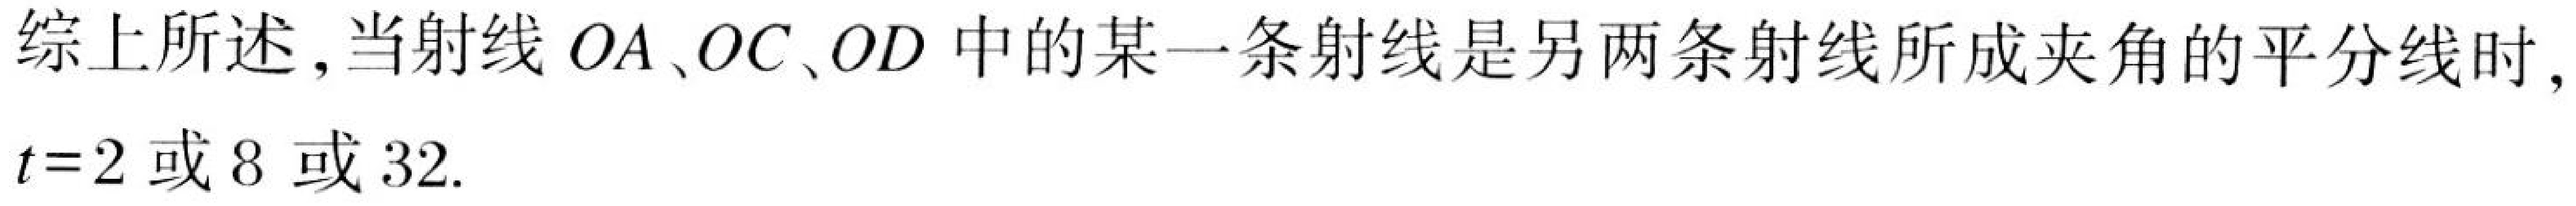
综上所述，当射线 \(OA\)、\(OC\)、\(OD\) 中的某一条射线是另两条射线所成夹角的平分线时，
\(t = 2\) 或 \(8\) 或 \(32\).